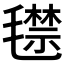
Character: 𣰙